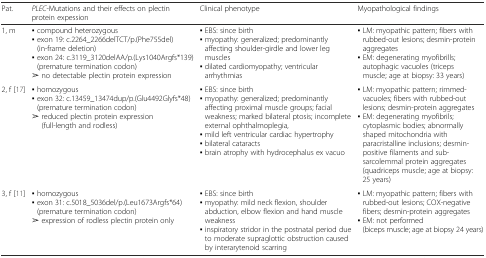
<table><thead><tr><td><b>Pat.</b></td><td><b><i>PLEC</i>-Mutations and their effects on plectin protein expession</b></td><td><b>Clinical phenotype</b></td><td><b>Myopathological findings</b></td></tr></thead><tbody><tr><td>1, m</td><td>▪ compound heterozygous▪ exon 19: c.2264_2266delTCT/p.(Phe755del) (in-frame deletion)▪ exon 24: c.3119_3120delAA/p.(Lys1040Argfs*139) (premature termination codon)➢ no detectable plectin protein expression</td><td>▪ EBS: since birth▪ myopathy: generalized; predominantly affecting shoulder-girdle and lower leg muscles▪ dilated cardiomyopathy; ventricular arrhythmias</td><td>▪ LM: myopathic pattern; fibers with rubbed-out lesions; desmin-protein aggregates▪ EM: degenerating myofibrills; autophagic vacuoles (triceps muscle; age at biopsy: 33 years)</td></tr><tr><td>2, f [17]</td><td>▪ homozygous▪ exon 32: c.13459_13474dup/p.(Glu4492Glyfs*48) (premature termination codon)➢ reduced plectin protein expression (full-length and rodless)</td><td>▪ EBS: since birth▪ myopathy: generalized; predominantly affecting proximal muscle groups; facial weakness; marked bilateral ptosis; incomplete external ophthalmoplegia,▪ mild left ventricular cardiac hypertrophy▪ bilateral cataracts▪ brain atrophy with hydrocephalus ex vacuo</td><td>▪ LM: myopathic pattern; rimmed-vacuoles; fibers with rubbed-out lesions; desmin-protein aggregates▪ EM: degenerating myofibrils; cytoplasmic bodies; abnormally shaped mitochondria with paracristalline inclusions; desmin-positive filaments and sub-sarcolemmal protein aggregates(quadriceps muscle; age at biopsy: 25 years)</td></tr><tr><td>3, f [11]</td><td>▪ homozygous▪ exon 31: c.5018_5036del/p.(Leu1673Argfs*64) (premature termination codon)➢ expression of rodless plectin protein only</td><td>▪ EBS: since birth▪ myopathy: mild neck flexion, shoulder abduction, elbow flexion and hand muscle weakness▪ inspiratory stridor in the postnatal period due to moderate supraglottic obstruction caused by interarytenoid scarring</td><td>▪ LM: myopathic pattern; fibers with rubbed-out lesions; COX-negative fibers; desmin-protein aggregates▪ EM: not performed(biceps muscle; age at biopsy 24 years)</td></tr></tbody></table>